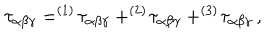
\tau _ { \alpha \beta \gamma } = ^ { ( 1 ) } \! \tau _ { \alpha \beta \gamma } + ^ { ( 2 ) } \! \tau _ { \alpha \beta \gamma } + ^ { ( 3 ) } \! \tau _ { \alpha \beta \gamma } \, ,